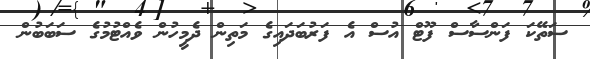
ސަތޭކަ ފަންސާސް ފޫޓް އުސް އެ ފަރުބަދައިގެ މަތިން ދެމީހުން ވެއްޓުމުގެ ސަބަބުން